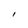
Character: I